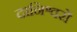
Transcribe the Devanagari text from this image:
दानिश्वरों